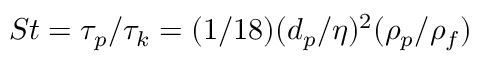
S t = \tau _ { p } / \tau _ { k } = ( 1 / 1 8 ) ( d _ { p } / \eta ) ^ { 2 } ( \rho _ { p } / \rho _ { f } )